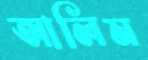
আলিম